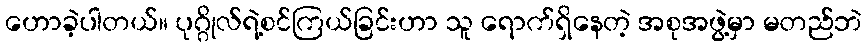
ဟောခဲ့ပါတယ်။ ပုဂ္ဂိုလ်ရဲ့စင်ကြယ်ခြင်းဟာ သူ ရောက်ရှိနေတဲ့ အစုအဖွဲ့မှာ မတည်ဘဲ